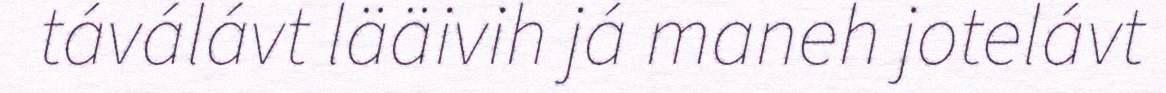
táválávt lääivih já maneh jotelávt